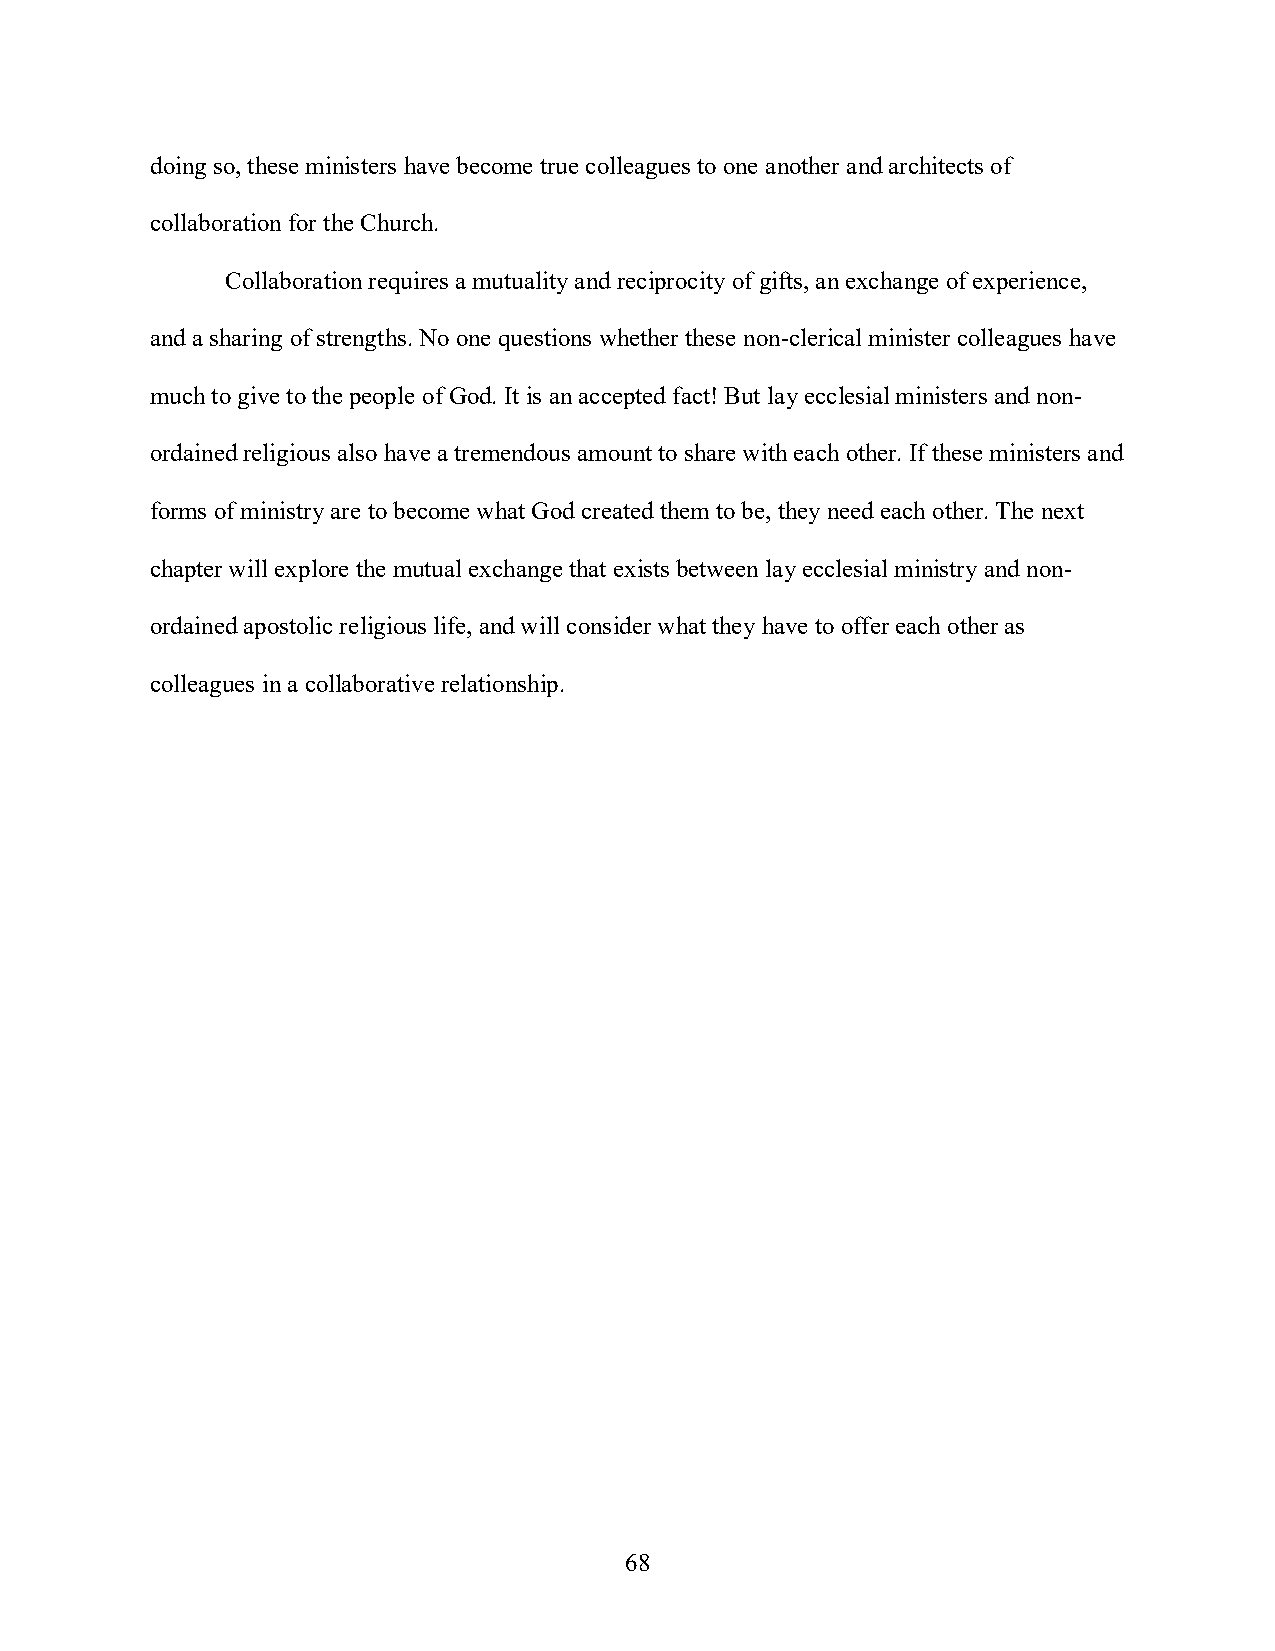
doing so, these ministers have become true colleagues to one another and architects of
 collaboration for the Church.
 Collaboration requires a mutuality and reciprocity of gifts, an exchange of experience,
 and a sharing of strengths. No one questions whether these non-clerical minister colleagues have
 much to give to the people of God. It is an accepted fact! But lay ecclesial ministers and non-
 ordained religious also have a tremendous amount to share with each other. If these ministers and
 forms of ministry are to become what God created them to be, they need each other. The next
 chapter will explore the mutual exchange that exists between lay ecclesial ministry and non-
 ordained apostolic religious life, and will consider what they have to offer each other as
 colleagues in a collaborative relationship.
 68